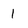
Character: 1